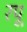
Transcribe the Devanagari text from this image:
रपू